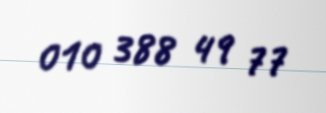
010 388 49 77